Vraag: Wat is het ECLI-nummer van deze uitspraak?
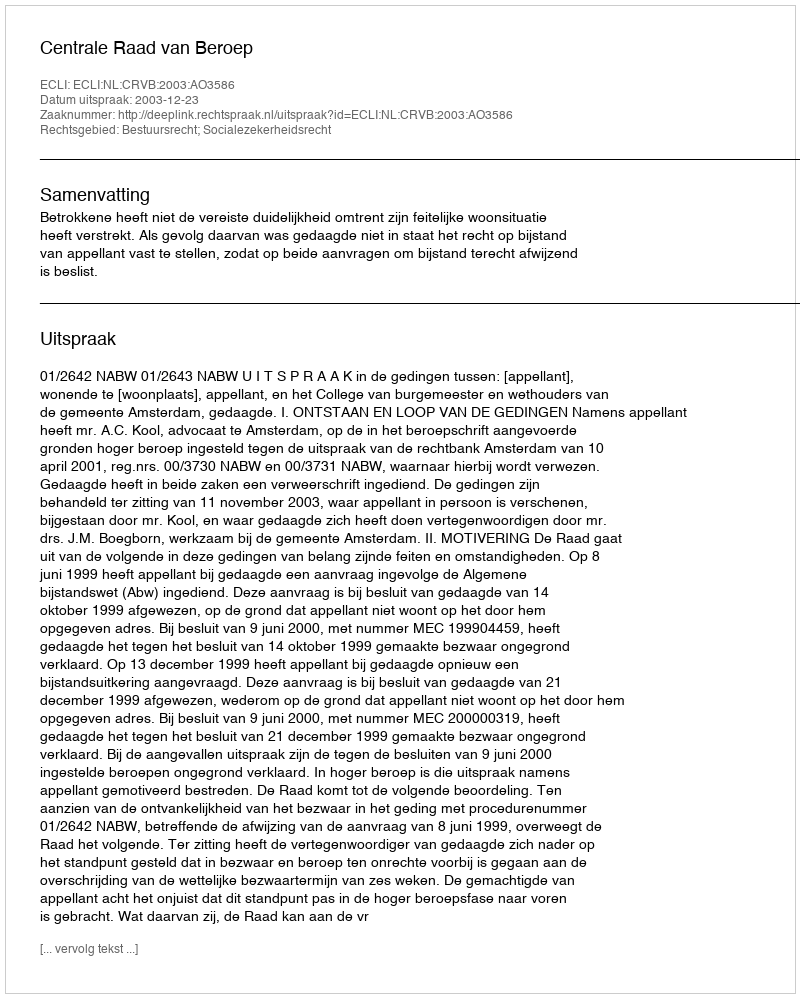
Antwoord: ECLI:NL:CRVB:2003:AO3586